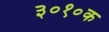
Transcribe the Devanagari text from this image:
३०१०क